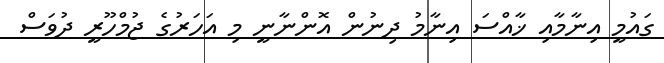
ގައުމީ އިނާމާއި ޚާއްސަ އިނާމު ދިނުން އޮންނާނީ މި އަހަރުގެ ޖުމްހޫރީ ދުވަސް